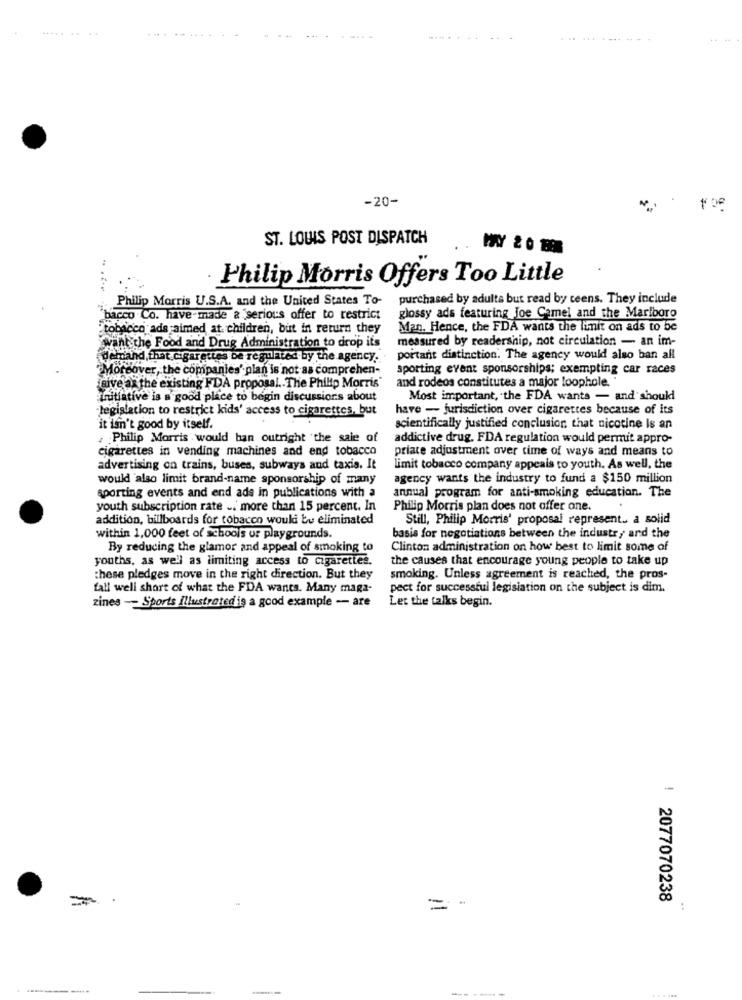
....... ...
.......-- -- -
-20-
ST. LOUIS POST DISPATCH
MY 20 8
Philip Morris Offers Too Little
Philip Morris U.S.A. and the United States To-
purchased by adulta but read by ceens. They include
"bacco Co. have-made a serious offer to restrict
glossy ads featuring Joe Camel and the Marlboro
"tobacco ade aimed at. children, but in return they
Man. Hence, the FDA wants the limit on ads to be
measured by readership, not circulation - an im-
want the Food and Drug Administration to drop its
demand,that.cigarettes De regulated by the agency.
portant distinction. The agency would also ban all
Mordov
reover, the companies' plan is not as comprehen-
sporting event sponsorships; exempting car races
and rodeos constitutes a major loophole. "
icive ar the existing FDA proposal .. The Philip Morris
initiative is a good place to begin discussions about
Most important, the FDA wants - and should
legislation to restrict kids' access to cigarettes, but
have - jurisdiction over cigarettes because of its
it isn't good by itself.
scientifically justified conclusion that nicotine Is an
Philip Morris would ban outright the sale of
addictive drug. FDA regulation would permit appro-
cigarettes in vending machines and end tobacco
priate adjustment over time of ways and means to
advertising on trains, buses, subways and taxis. It
limit tobacco company appeals to youth. As well, the
would also limit brand-name sponsorship of many
agency wants the industry to fund a $150 million
sporting events and end ads in publications with a
annual program for anti-smoking education. The
youth subscription rate .. more than 15 percent. In
Philip Morris plan does not offer one.
addition, billboards for tobacco would be eliminated
Still, Philip Morris' proposal represent. a solid
within 1,000 feet of schools ur playgrounds.
basis for negotiations between the industry and the
By reducing the glamor and appeal of smoking to
Clinton administration on how best to limit some of
youths, as well as limiting access to Cigarettes.
the causes that encourage young people to take up
these pledges move in the right direction. But they
smoking. Unless agreement is reached, the pros-
fall well short of what the FDA wants. Many maga-
pect for successful legislation on the subject is dim.
Let the talks begin.
zines - Sports Illustrated is a good example -- are
=
= =
: 2077070238
: